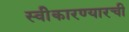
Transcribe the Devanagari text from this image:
स्वीेकारण्यारची